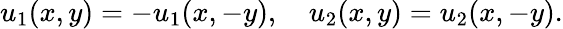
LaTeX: \begin{array}{r}{u_{1}(x,y)=-u_{1}(x,-y),\quad u_{2}(x,y)=u_{2}(x,-y).}\end{array}